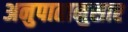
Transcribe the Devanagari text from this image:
अनुपातानुसार